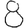
Digit: 8